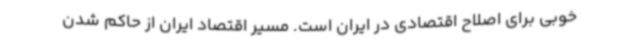
خوبی برای اصلاح اقتصادی در ایران است. مسیر اقتصاد ایران از حاکم شدن